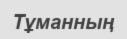
Тұманның